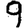
Digit: 9